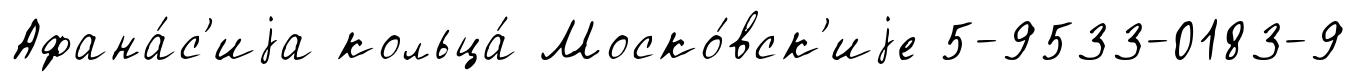
Афана́с'иjа кольца́ Моско́вск'иjе 5-9533-0183-9